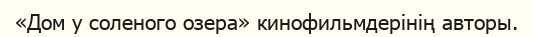
«Дом у соленого озера» кинофильмдерінің авторы.